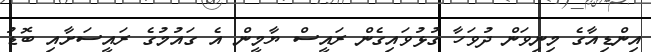
އިންޑިއާގެ މިނިވަން ދުވަހާ ގުޅުވައިގެން ރައީސް ޔާމީން އެ ގައުމުގެ ރައީސަށާއި ބޮޑު